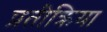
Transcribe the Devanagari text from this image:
प्रतीक्रिया